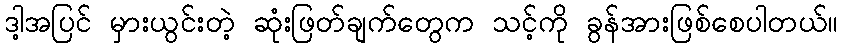
ဒါ့အပြင် မှားယွင်းတဲ့ ဆုံးဖြတ်ချက်တွေက သင့်ကို ခွန်အားဖြစ်စေပါတယ်။